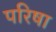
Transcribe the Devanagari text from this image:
परिषा